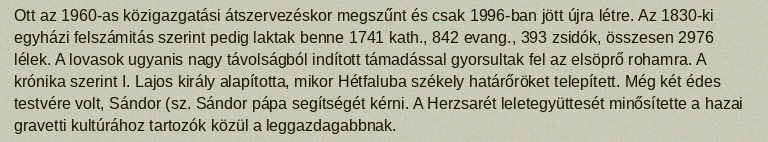
Ott az 1960-as közigazgatási átszervezéskor megszűnt és csak 1996-ban jött újra létre. Az 1830-ki egyházi felszámitás szerint pedig laktak benne 1741 kath., 842 evang., 393 zsidók, összesen 2976 lélek. A lovasok ugyanis nagy távolságból indított támadással gyorsultak fel az elsöprő rohamra. A krónika szerint I. Lajos király alapította, mikor Hétfaluba székely határőröket telepített. Még két édes testvére volt, Sándor (sz. Sándor pápa segítségét kérni. A Herzsarét leletegyüttesét minősítette a hazai gravetti kultúrához tartozók közül a leggazdagabbnak.